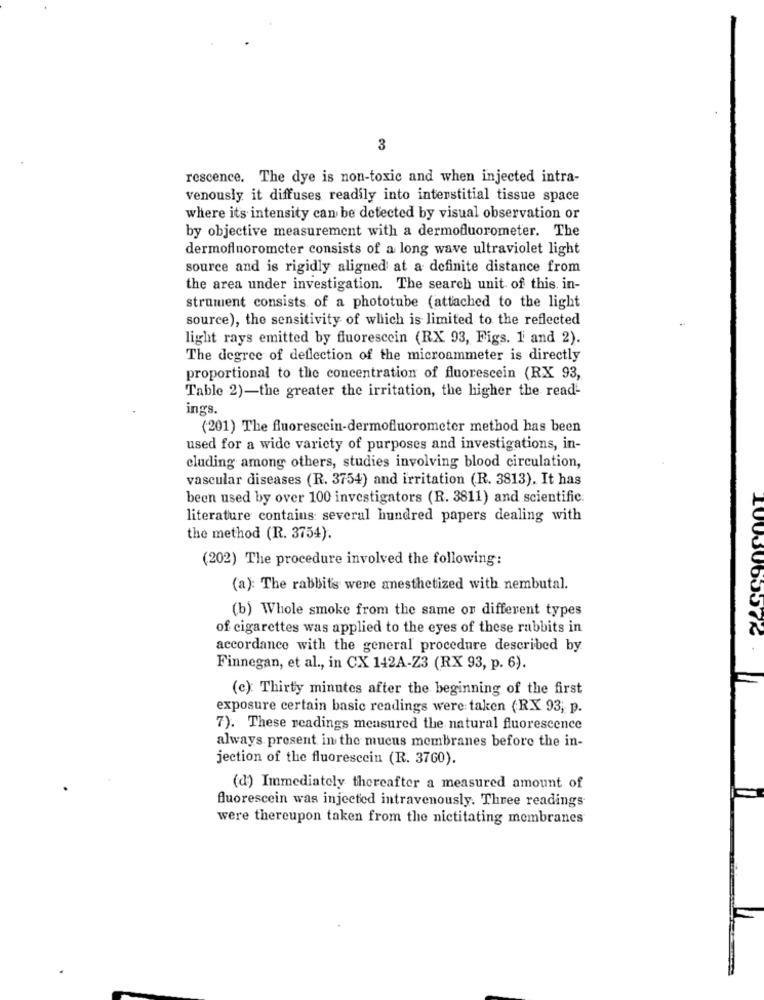
3
rescence. The dye is non-toxic and when injected intra-
venously it diffuses readily into interstitial tissue space
where it's intensity can be detected by visual observation or
by objective measurement with a dermofluorometer. The
dermofluorometer consists of a long wave ultraviolet light
source and is rigidly aligned at a definite distance from
the area under investigation. The search unit of this in-
strument consists of a phototube (attached to the light
source), the sensitivity of which is limited to the reflected
light rays emitted by fluorescein (RX 93, Figs. 1 and 2).
The degree of deflection of the microammeter is directly
proportional to the concentration of fluorescein (RX 93,
Table 2)-the greater the irritation, the higher the read-
ings.
(201) The fluorescein-dermofluorometer method has been
used for a wide variety of purposes and investigations, in-
cluding among others, studies involving blood circulation,
vascular diseases (R. 3754) and irritation (R. 3813). It has
been used by over 100 investigators (R. 3811) and scientific:
literature contains several hundred papers dealing with
the method (R. 3754).
(202) The procedure involved the following:
(a): The rabbits were anesthetized with nembutal.
(b) Whole smoke from the same on different types
of cigarettes was applied to the eyes of these rabbits in
accordance with the general procedure described by
.
Finnegan, et al ., in CX 142A-Z3 (RX 93, p. 6).
(c): Thirty minutes after the beginning of the first
exposure certain basic readings were taken (RX 93, p.
7). These readings measured the natural fluorescence
always present in the mucus membranes before the in-
jection of the fluoresccin (R. 3760).
(d) Immediately thereafter a measured amount of
fluorescein was injected intravenously. Three readings
were thereupon taken from the nictitating membranes